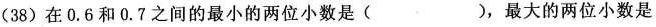
(38)在0.6和0.7之间的最小的两位小数是( )，最大的两位小数是